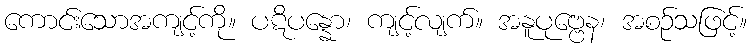
ကောင်းသောအကျင့်ကို။ ပဋိပန္နော၊ ကျင့်လျက်။ အနူပုဗ္ဗေန၊ အစဉ်သဖြင့်။